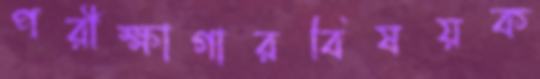
পরীক্ষাগারবিষয়ক